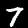
Digit: 7